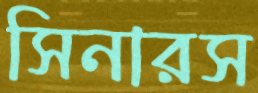
সিনারস